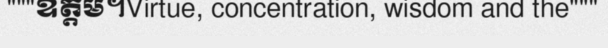
"""ឧត្តម។Virtue, concentration, wisdom and the"""